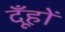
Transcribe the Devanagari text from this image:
दूँहों